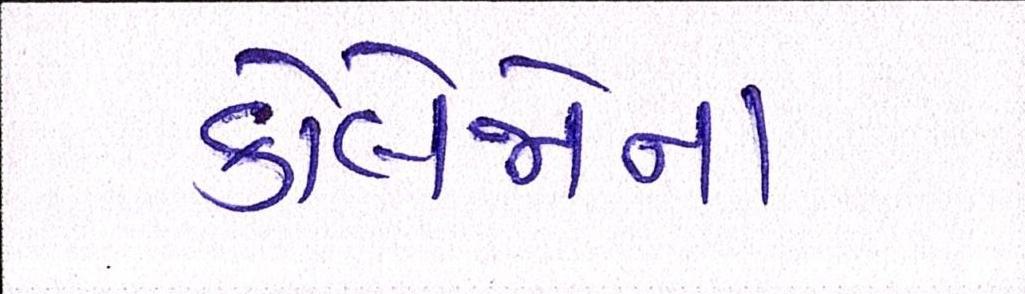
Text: કોલેજોના